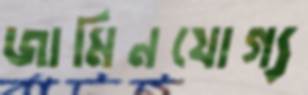
জামিনযোগ্য